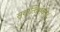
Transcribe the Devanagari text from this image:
सुशान्तिर्भवतु।